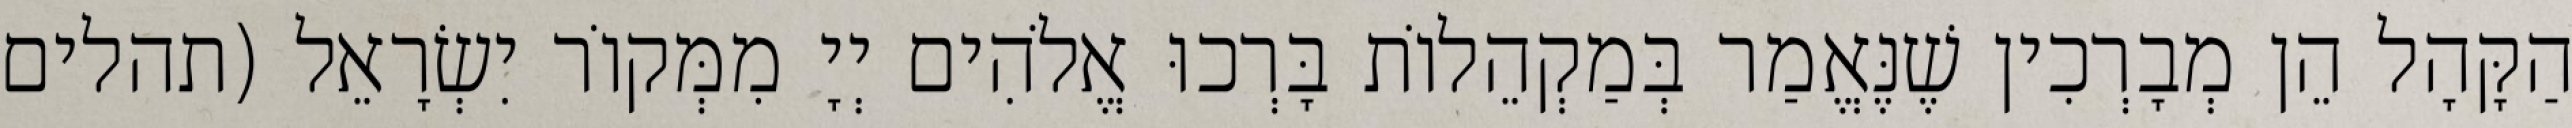
הַקָּהָל הֵן מְבָרְכִין שֶׁנֶּאֱמַר בְּמַקְהֵלוֹת בָּרְכוּ אֱלֹהִים יְיָ מִמְּקוֹר יִשְׂרָאֵל (תהלים